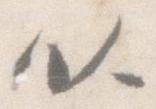
以